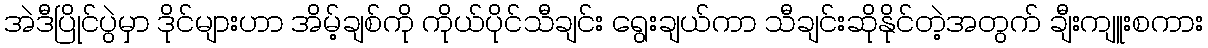
အဲဒီပြိုင်ပွဲမှာ ဒိုင်များဟာ အိမ့်ချစ်ကို ကိုယ်ပိုင်သီချင်း ရွေးချယ်ကာ သီချင်းဆိုနိုင်တဲ့အတွက် ချီးကျူးစကား